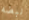
نبضه